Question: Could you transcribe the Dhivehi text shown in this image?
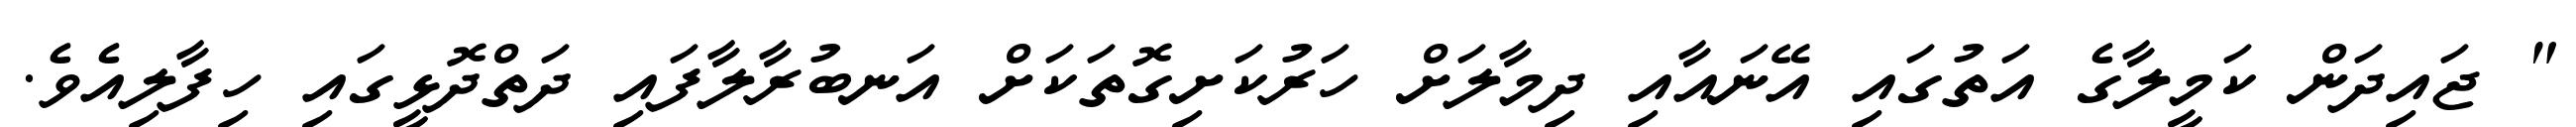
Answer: " ޖައިދަން ކަމީލާގެ އަތުގައި އޭނައާއި ދިމާލަށް ހަރުކަށިގޮތަކަށް އަނބުރާލާފައި ދަތްދޮޅީގައި ހިފާލިއެވެ.